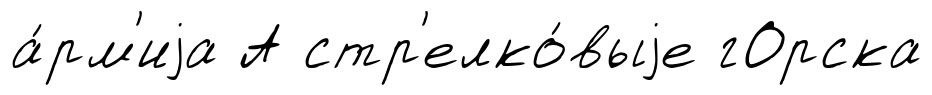
а́рм'иjа А стр'елко́выjе гОрска